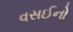
વસઈનો